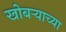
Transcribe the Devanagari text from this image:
खोबऱ्याच्या